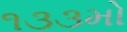
૧૩૩મો